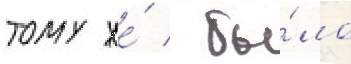
тому же́ / бы́ло